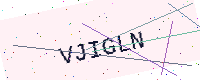
Text: VJIGLN